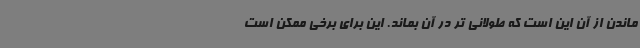
ماندن از آن این است که طولانی تر در آن بماند. این برای برخی ممکن است